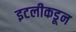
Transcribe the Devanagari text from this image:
इटलीकडून